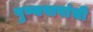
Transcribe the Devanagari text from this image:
पुण्यपापांची